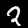
Label: 2